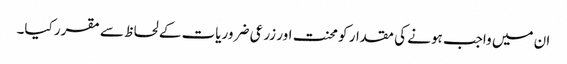
ان میں واجب ہونے کی مقدار کو محنت اور زرعی ضروریات کے لحاظ سے مقرر کیا۔